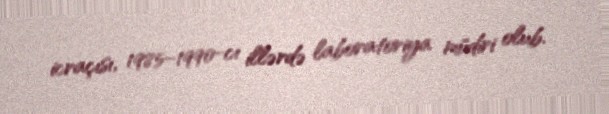
icraçısı, 1985–1990-cı illərdə laboratoriya müdiri olub.